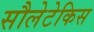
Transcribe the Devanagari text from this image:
सौलेटेकिस